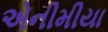
એનીમીયા